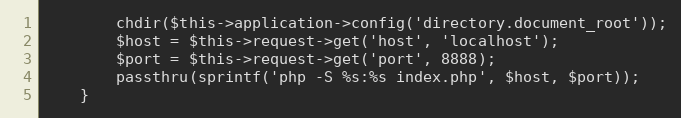
Language: PHP
        chdir($this->application->config('directory.document_root'));
        $host = $this->request->get('host', 'localhost');
        $port = $this->request->get('port', 8888);
        passthru(sprintf('php -S %s:%s index.php', $host, $port));
    }